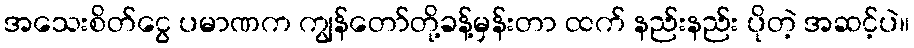
အသေးစိတ်ငွေ ပမာဏက ကျွန်တော်တို့ခန့်မှန်းတာ ထက် နည်းနည်း ပိုတဲ့ အဆင့်ပဲ။